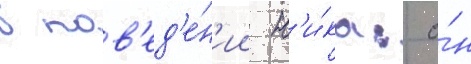
в пов'ед'е́н'ии н'и́ка: о́н